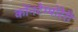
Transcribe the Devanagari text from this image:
कोंनटेम्पोरेरी